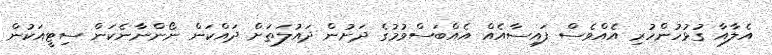
އެލާއާ ގުޅުހުންހުރި އެއްވެސް ފައިސާއެއް އެއްބަސްވުމުގެ ދަށުން ދައުލަތަށް ދައްކަން ނޯންނާނެކަން ސިޓީއަކުން